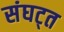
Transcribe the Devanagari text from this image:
संघट्त